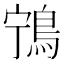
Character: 𬷌